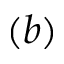
( b )